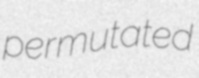
permutated